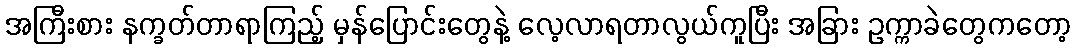
အကြီးစား နက္ခတ်တာရာကြည့် မှန်ပြောင်းတွေနဲ့ လေ့လာရတာလွယ်ကူပြီး အခြား ဥက္ကာခဲတွေကတော့